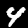
Digit: 4